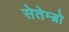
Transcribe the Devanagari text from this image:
सेतेम्ब्रो